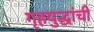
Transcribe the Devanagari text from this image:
गृहयुद्धांची